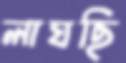
লাঘছি